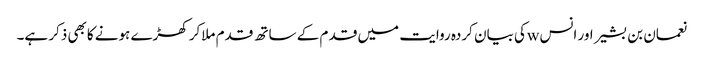
نعمان بن بشیر اور انس wکی بیان کردہ روایت میں قد م کے ساتھ قدم ملاکر کھڑے ہونے کابھی ذکر ہے۔